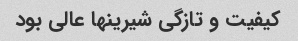
کیفیت و تازگی شیرینها عالی بود